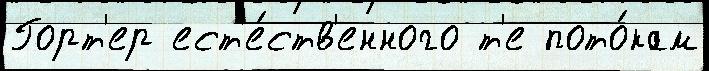
Горт'ер ест'е́ств'енного т'е пото́кам